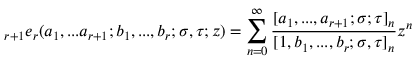
\displaystyle { } _ { r + 1 } e _ { r } ( a _ { 1 } , . . . a _ { r + 1 } ; b _ { 1 } , . . . , b _ { r } ; \sigma , \tau ; z ) = \sum _ { n = 0 } ^ { \infty } { \frac { [ a _ { 1 } , . . . , a _ { r + 1 } ; \sigma ; \tau ] _ { n } } { [ 1 , b _ { 1 } , . . . , b _ { r } ; \sigma , \tau ] _ { n } } } z ^ { n }